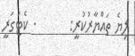
ލިޔެ ތައްޔާރުކުރީ:       . ކެޓަގަރީ